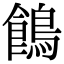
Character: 𪂾